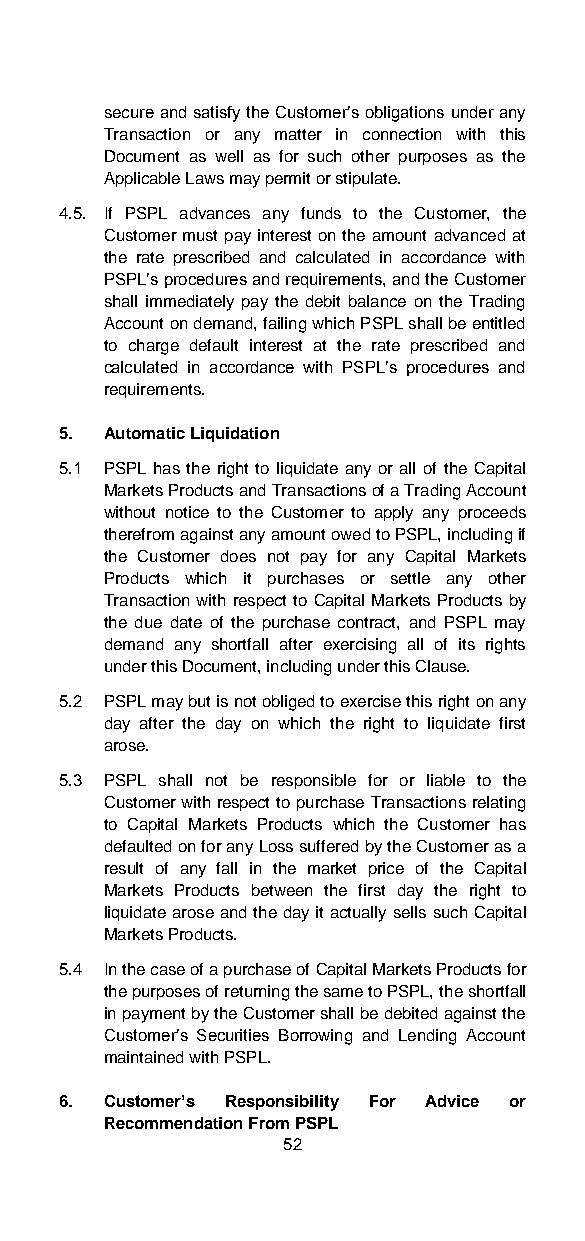
secure and satisfy the Customer’s obligations under any
 Transaction or any matter in connection with this
 Document as well as for such other purposes as the
 Applicable Laws may permit or stipulate.
 4.5. If PSPL advances any funds to the Customer, the
 Customer must pay interest on the amount advanced at
 the rate prescribed and calculated in accordance with
 PSPL’s procedures and requirements, and the Customer
 shall immediately pay the debit balance on the Trading
 Account on demand, failing which PSPL shall be entitled
 to charge default interest at the rate prescribed and
 calculated in accordance with PSPL’s procedures and
 requirements.
 5. Automatic Liquidation
 5.1 PSPL has the right to liquidate any or all of the Capital
 Markets Products and Transactions of a Trading Account
 without notice to the Customer to apply any proceeds
 therefrom against any amount owed to PSPL, including if
 the Customer does not pay for any Capital Markets
 Products which it purchases or settle any other
 Transaction with respect to Capital Markets Products by
 the due date of the purchase contract, and PSPL may
 demand any shortfall after exercising all of its rights
 under this Document, including under this Clause.
 5.2 PSPL may but is not obliged to exercise this right on any
 day after the day on which the right to liquidate first
 arose.
 5.3 PSPL shall not be responsible for or liable to the
 Customer with respect to purchase Transactions relating
 to Capital Markets Products which the Customer has
 defaulted on for any Loss suffered by the Customer as a
 result of any fall in the market price of the Capital
 Markets Products between the first day the right to
 liquidate arose and the day it actually sells such Capital
 Markets Products.
 5.4 In the case of a purchase of Capital Markets Products for
 the purposes of returning the same to PSPL, the shortfall
 in payment by the Customer shall be debited against the
 Customer’s Securities Borrowing and Lending Account
 maintained with PSPL.
 6. Customer’s Responsibility For Advice or
 Recommendation From PSPL
 52